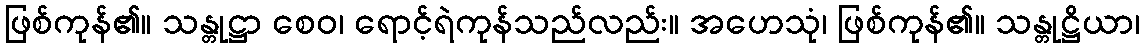
ဖြစ်ကုန်၏။ သန္တုဋ္ဌာ စေဝ၊ ရောင့်ရဲကုန်သည်လည်း။ အဟေသုံ၊ ဖြစ်ကုန်၏။ သန္တုဋ္ဌိယာ၊